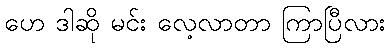
ဟေ ဒါဆို မင်း လေ့လာတာ ကြာပြီလား